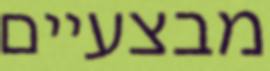
מבצעיים